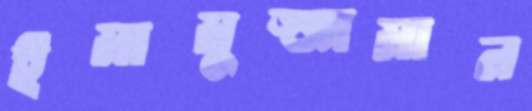
ইমামুজ্জামান